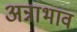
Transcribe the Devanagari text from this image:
अन्नाभाव